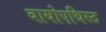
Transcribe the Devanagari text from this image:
बायोएथिस्ट